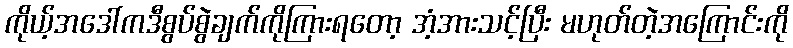
ကိုယ့်အဒေါ်ကဒီစွပ်စွဲချက်ကိုကြားရတော့ အံ့အားသင့်ပြီး မဟုတ်တဲ့အကြောင်းကို